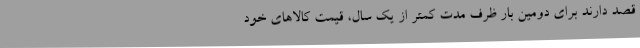
قصد دارند برای دومین بار ظرف مدت کمتر از یک سال، قیمت کالاهای خود